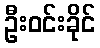
ဦးဝင်းခိုင်